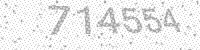
Solution: 714554